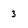
Character: 3